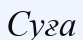
Суға